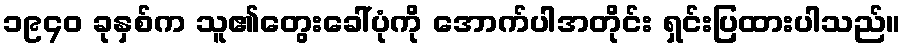
၁၉၄၀ ခုနှစ်က သူ၏တွေးခေါ်ပုံကို အောက်ပါအတိုင်း ရှင်းပြထားပါသည်။